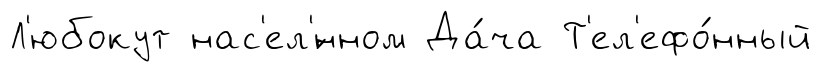
Л'юбокут нас'ел'́нном Да́ча Т'ел'ефо́нный